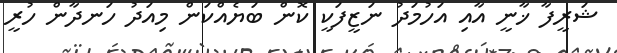
ޝަރީފާ ޚާނީ އާއި އަހުމަދު ނަޒީފަކީ ކޮން ބަޔެއްކަން މިއަދު ހަނދާން ހުރީ